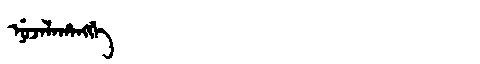
Manchu: ᠨᡠᠵᠠᠯᠠᡥᠠᠩᡤᡝ
Romanization: NUJALAHANGGE